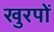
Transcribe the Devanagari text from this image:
खुरपों